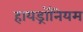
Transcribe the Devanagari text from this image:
हायड्रॉनियम